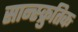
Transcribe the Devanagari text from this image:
सान्स्क्रुतिक